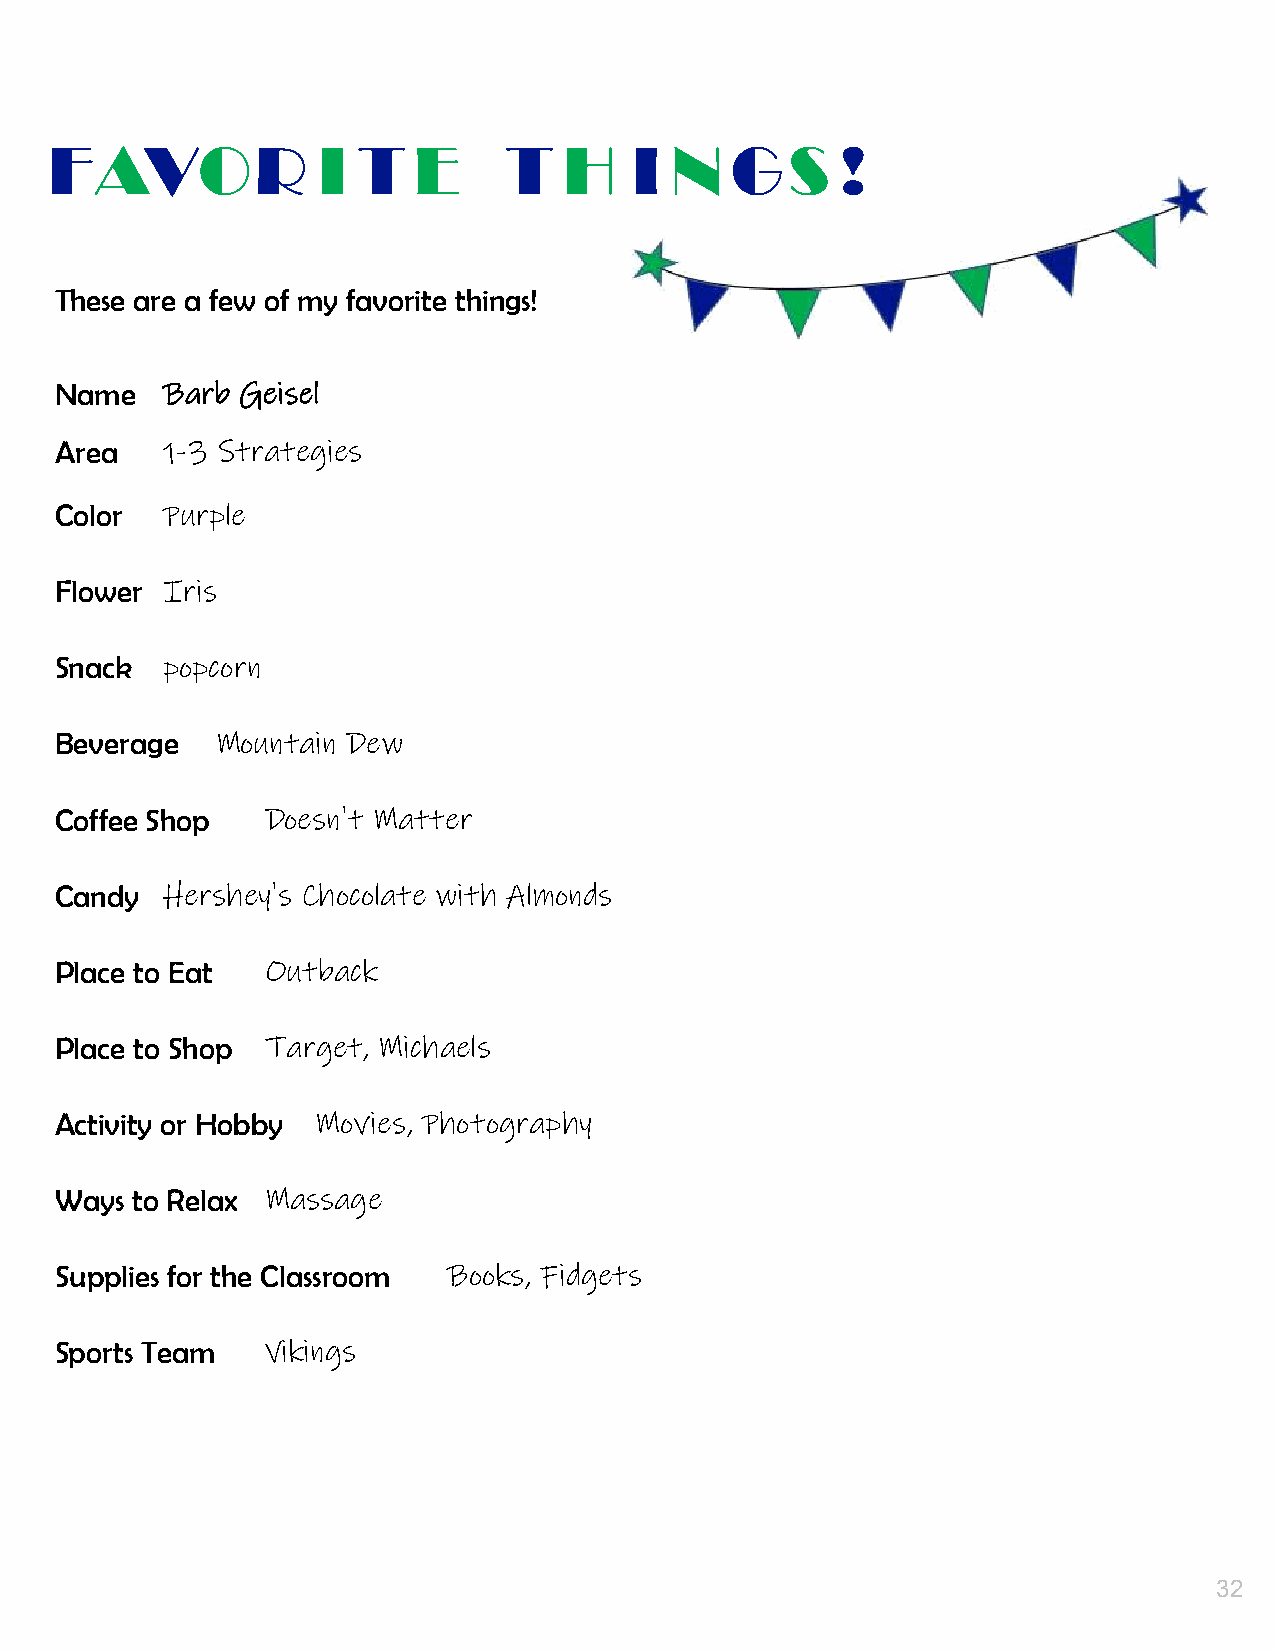
31.
 FAVOR             I  T  E     T   H    I N   GS      !
 These are a few of my favorite things!
 Name   Barb Geisel
 Area   1-3 Strategies
 Color  Purple
 Flower Iris
 Snack  popcorn
 Beverage  Mountain Dew
 Coffee Shop   Doesn't Matter
 Candy  Hershey's Chocolate with Almonds
 Place to Eat  Outback
 Place to Shop Target, Michaels
 Activity or Hobby Movies, Photography
 Ways to Relax Massage
 Supplies for the Classroom Books, Fidgets
 Sports Team   Vikings
 32